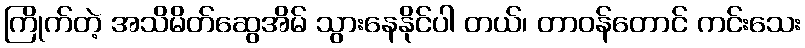
ကြိုက်တဲ့ အသိမိတ်ဆွေအိမ် သွားနေနိုင်ပါ တယ်၊ တာဝန်တောင် ကင်းသေး